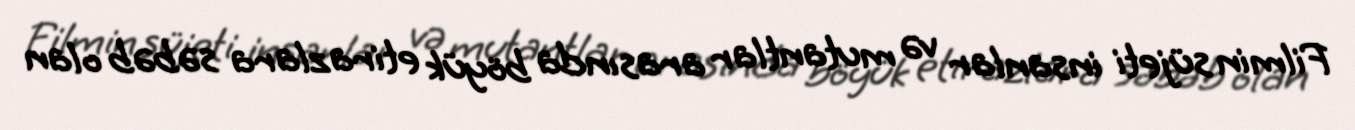
Filmin süjeti insanlar və mutantlar arasında böyük etirazlara səbəb olan